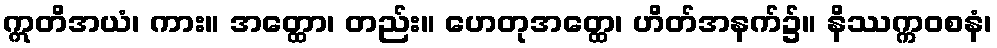
ဣတိအယံ၊ ကား။ အတ္ထော၊ တည်း။ ဟေတုအတ္ထေ၊ ဟိတ်အနက်၌။ နိဿက္ကဝစနံ၊